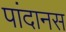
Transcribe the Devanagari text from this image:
पांदानस